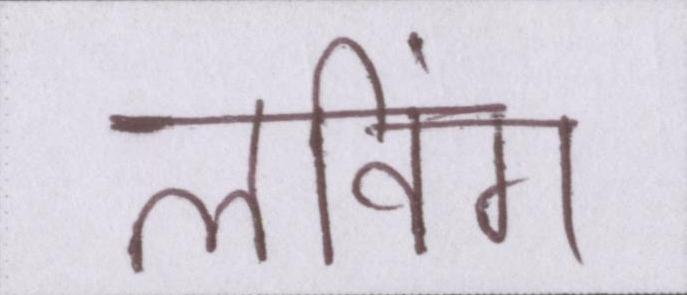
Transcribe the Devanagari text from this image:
लविंग